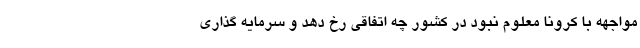
مواجهه با کرونا معلوم نبود در کشور چه اتفاقی رخ دهد و سرمایه گذاری